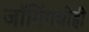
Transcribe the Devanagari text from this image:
जॉगिंगचीही